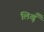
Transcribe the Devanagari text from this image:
लिखूँ